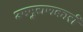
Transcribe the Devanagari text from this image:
उपपुराणकारों